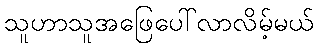
သူဟာသူအဖြေပေါ်လာလိမ့်မယ်